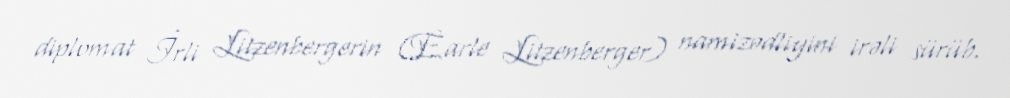
diplomat İrli Litzenbergerin (Earle Litzenberger) namizədliyini irəli sürüb.